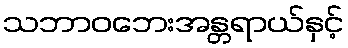
သဘာဝဘေးအန္တရာယ်နှင့်